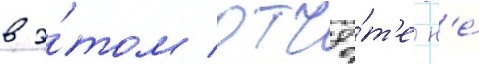
в э́том отчё́т'е н'е́